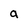
Character: a